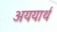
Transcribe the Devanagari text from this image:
अययार्थ